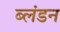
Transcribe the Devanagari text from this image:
ब्लंडन